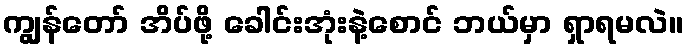
ကျွန်တော် အိပ်ဖို့ ခေါင်းအုံးနဲ့စောင် ဘယ်မှာ ရှာရမလဲ။